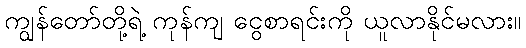
ကျွန်တော်တို့ရဲ့ ကုန်ကျ ငွေစာရင်းကို ယူလာနိုင်မလား။